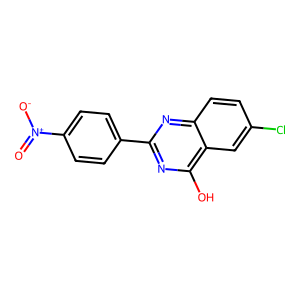
SMILES: O=[N+]([O-])c1ccc(-c2nc(O)c3cc(Cl)ccc3n2)cc1
Inhibits HIV replication: No